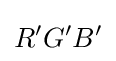
R^{\prime }G^{\prime }B^{\prime }